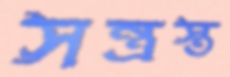
সন্ত্রস্ত